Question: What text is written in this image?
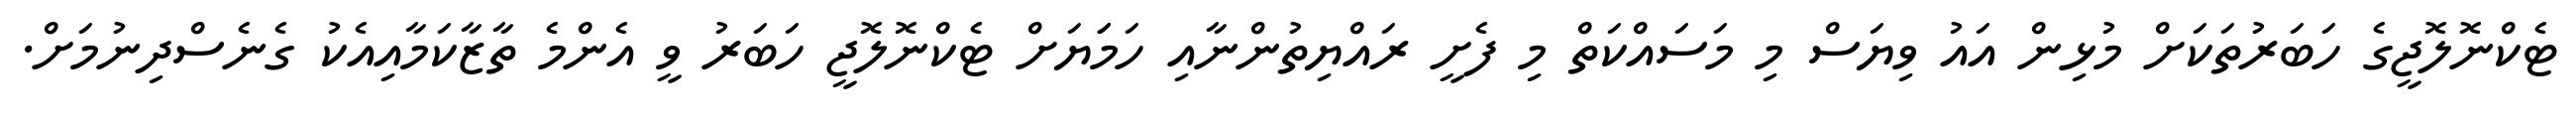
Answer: ޓެކްނޮލޮޖީގެ ހަބަރުތަކަށް މުޅިން އައު ވިޔަސް މި މަސައްކަތް މި ފެށީ ރައްޔިތުންނާއި ހަމަަޔަށް ޓެކްނޮލޮޖީ ހަބަރު ވީ އެންމެ ތާޒާކަމާއިއެކު ގެނެސްދިނުމަށް.